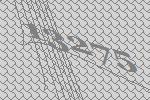
13275